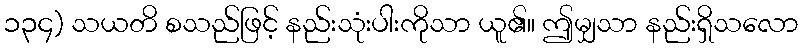
၁၃၄) သယတိ စသည်ဖြင့် နည်းသုံးပါးကိုသာ ယူ၏။ ဤမျှသာ နည်းရှိသလော